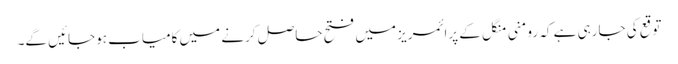
توقع کی جارہی ہے کہ رومنی منگل کے پرائمریز میں فتح حاصل کرنے میں کامیاب ہوجائیں گے۔